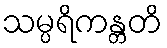
သမ္ပရိကန္တတိ